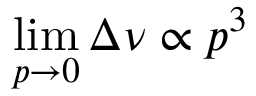
\operatorname* { l i m } _ { p \rightarrow 0 } \Delta \nu \propto p ^ { 3 }